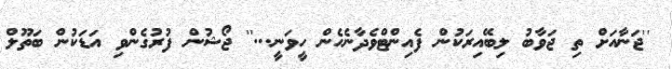
''ޖަނާއަށް ތި ޖަވާބު ލިބޭއިރަކުން ފެއިންޓްވެދާނެހެން ހީވަނީ...'' ޖޯޝުން ފުރުގެންވި އަޑަކުން ބަތޫލް